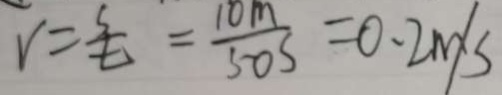
v = \frac { s } { t } = \frac { 1 0 m } { 5 0 s } = 0 . 2 m / s